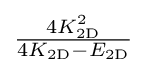
{\tfrac {4K_{\mathrm {2D} }^{2}}{4K_{\mathrm {2D} }-E_{\mathrm {2D} }}}